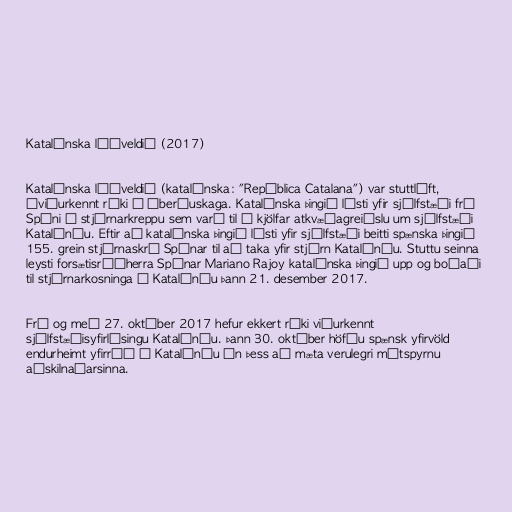
Katalónska lýðveldið (2017)

Katalónska lýðveldið (katalónska: "República Catalana") var stuttlíft,
óviðurkennt ríki á Íberíuskaga. Katalónska þingið lýsti yfir sjálfstæði frá
Spáni í stjórnarkreppu sem varð til í kjölfar atkvæðagreiðslu um sjálfstæði
Katalóníu. Eftir að katalónska þingið lýsti yfir sjálfstæði beitti spænska þingið
155. grein stjórnaskrá Spánar til að taka yfir stjórn Katalóníu. Stuttu seinna
leysti forsætisráðherra Spánar Mariano Rajoy katalónska þingið upp og boðaði
til stjórnarkosninga í Katalóníu þann 21. desember 2017.

Frá og með 27. október 2017 hefur ekkert ríki viðurkennt
sjálfstæðisyfirlýsingu Katalóníu. Þann 30. október höfðu spænsk yfirvöld
endurheimt yfirráð í Katalóníu án þess að mæta verulegri mótspyrnu
aðskilnaðarsinna.